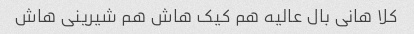
کلا هانی بال عالیه هم کیک هاش هم شیرینی هاش